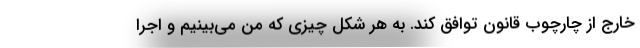
خارج از چارچوب قانون توافق کند. به هر شکل چیزی که من می‌بینیم و اجرا